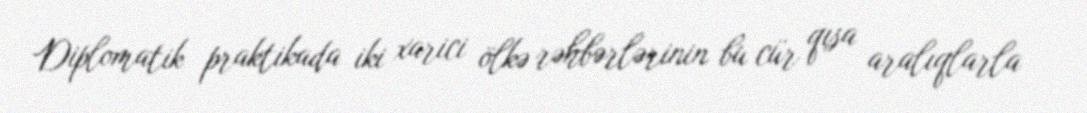
Diplomatik praktikada iki xarici ölkə rəhbərlərinin bu cür qısa aralıqlarla